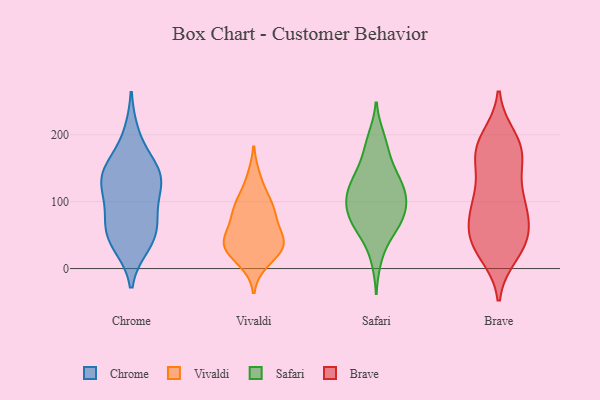
{"axis": {"x": "Shipments", "y": "Value"}, "legend": ["Brave", "Chrome", "Safari", "Vivaldi"], "data": [{"x": "", "y": 144, "type": "Chrome"}, {"x": "", "y": 53, "type": "Chrome"}, {"x": "", "y": 144, "type": "Chrome"}, {"x": "", "y": 152, "type": "Chrome"}, {"x": "", "y": 134, "type": "Chrome"}, {"x": "", "y": 43, "type": "Chrome"}, {"x": "", "y": 36, "type": "Chrome"}, {"x": "", "y": 115, "type": "Chrome"}, {"x": "", "y": 54, "type": "Chrome"}, {"x": "", "y": 79, "type": "Chrome"}, {"x": "", "y": 200, "type": "Chrome"}, {"x": "", "y": 90, "type": "Chrome"}, {"x": "", "y": 132, "type": "Chrome"}, {"x": "", "y": 11, "type": "Vivaldi"}, {"x": "", "y": 35, "type": "Vivaldi"}, {"x": "", "y": 86, "type": "Vivaldi"}, {"x": "", "y": 39, "type": "Vivaldi"}, {"x": "", "y": 50, "type": "Vivaldi"}, {"x": "", "y": 90, "type": "Vivaldi"}, {"x": "", "y": 102, "type": "Vivaldi"}, {"x": "", "y": 135, "type": "Vivaldi"}, {"x": "", "y": 78, "type": "Vivaldi"}, {"x": "", "y": 42, "type": "Vivaldi"}, {"x": "", "y": 33, "type": "Vivaldi"}, {"x": "", "y": 26, "type": "Vivaldi"}, {"x": "", "y": 104, "type": "Safari"}, {"x": "", "y": 69, "type": "Safari"}, {"x": "", "y": 120, "type": "Safari"}, {"x": "", "y": 166, "type": "Safari"}, {"x": "", "y": 107, "type": "Safari"}, {"x": "", "y": 75, "type": "Safari"}, {"x": "", "y": 50, "type": "Safari"}, {"x": "", "y": 130, "type": "Safari"}, {"x": "", "y": 94, "type": "Safari"}, {"x": "", "y": 155, "type": "Safari"}, {"x": "", "y": 112, "type": "Safari"}, {"x": "", "y": 133, "type": "Safari"}, {"x": "", "y": 59, "type": "Safari"}, {"x": "", "y": 65, "type": "Safari"}, {"x": "", "y": 87, "type": "Safari"}, {"x": "", "y": 14, "type": "Safari"}, {"x": "", "y": 132, "type": "Safari"}, {"x": "", "y": 90, "type": "Safari"}, {"x": "", "y": 190, "type": "Safari"}, {"x": "", "y": 196, "type": "Safari"}, {"x": "", "y": 166, "type": "Brave"}, {"x": "", "y": 96, "type": "Brave"}, {"x": "", "y": 22, "type": "Brave"}, {"x": "", "y": 76, "type": "Brave"}, {"x": "", "y": 153, "type": "Brave"}, {"x": "", "y": 49, "type": "Brave"}, {"x": "", "y": 182, "type": "Brave"}, {"x": "", "y": 186, "type": "Brave"}, {"x": "", "y": 39, "type": "Brave"}, {"x": "", "y": 89, "type": "Brave"}, {"x": "", "y": 55, "type": "Brave"}, {"x": "", "y": 45, "type": "Brave"}, {"x": "", "y": 39, "type": "Brave"}, {"x": "", "y": 102, "type": "Brave"}, {"x": "", "y": 28, "type": "Brave"}, {"x": "", "y": 195, "type": "Brave"}, {"x": "", "y": 115, "type": "Brave"}, {"x": "", "y": 171, "type": "Brave"}, {"x": "", "y": 176, "type": "Brave"}, {"x": "", "y": 99, "type": "Brave"}]}